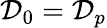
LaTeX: {\cal D}_{0}={\cal D}_{p}